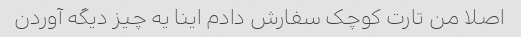
اصلا من تارت کوچک سفارش دادم اینا یه چیز دیگه آوردن